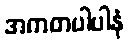
အကတပါပါနံ